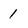
Character: 1